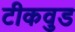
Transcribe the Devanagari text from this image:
टीकवुड